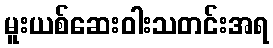
မူးယစ်ဆေးဝါးသတင်းအရ